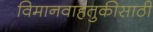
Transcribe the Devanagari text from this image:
विमानवाहतुकीसाठी